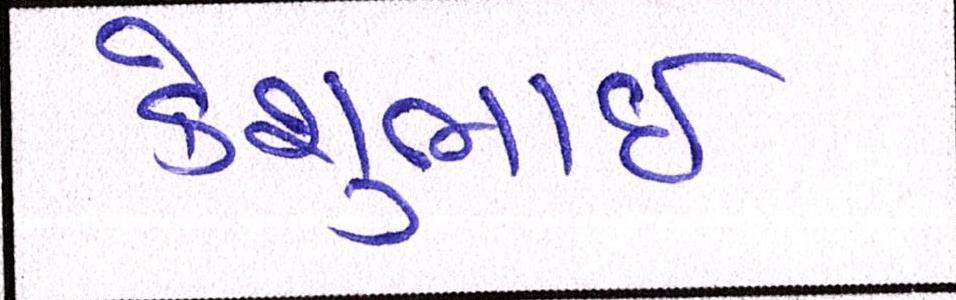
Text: કેશુભાઈ